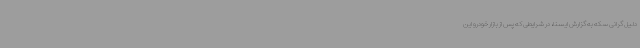
دلیل گرانی سکه به گزارش ایسنا، در شرایطی که پس از بازار خودرو این